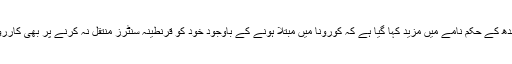
حکومت سندھ کے حکم نامے میں مزید کہا گیا ہے کہ کورونا میں مبتلا ہونے کے باوجود خود کو قرنطینہ سنٹرز منتقل نہ کرنے پر بھی کارروائی ہو گی۔